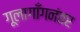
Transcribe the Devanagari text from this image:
गूलागाँगनंतर